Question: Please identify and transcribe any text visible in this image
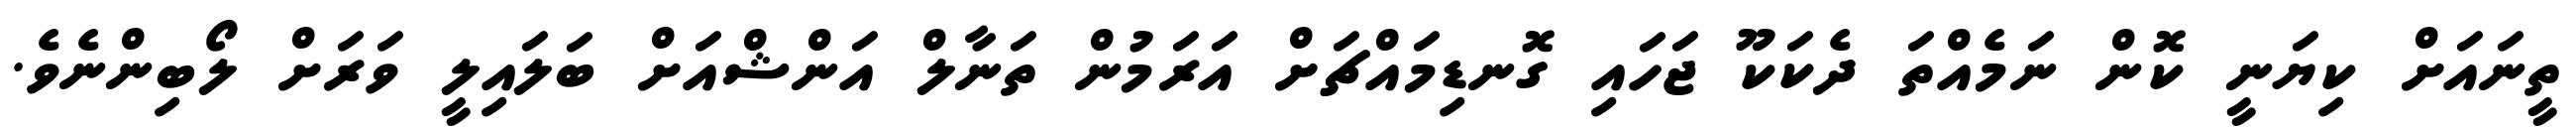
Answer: ތީނައަށް ކިޔަނީ ކޮން ނަމެއްތަ ދެކަކޫ ޖަހައި ގޮނޑިމައްޗަށް އަރަމުން ތަނާލް އަންޝްއަށް ބަލައިލީ ވަރަށް ލޯބިންނެވެ.